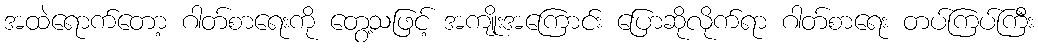
အထဲရောက်တော့ ဂါတ်စာရေးကို တွေ့သဖြင့် အကျိုးအကြောင်း ပြောဆိုလိုက်ရာ ဂါတ်စာရေး တပ်ကြပ်ကြီး